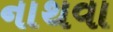
નાથવા